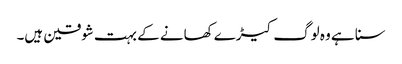
سنا ہے وہ لوگ کیڑے کھانے کے بہت شوقین ہیں۔